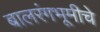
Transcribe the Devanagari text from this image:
बालरंगभूमीचे